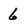
Character: 6